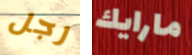
رجل مارايك